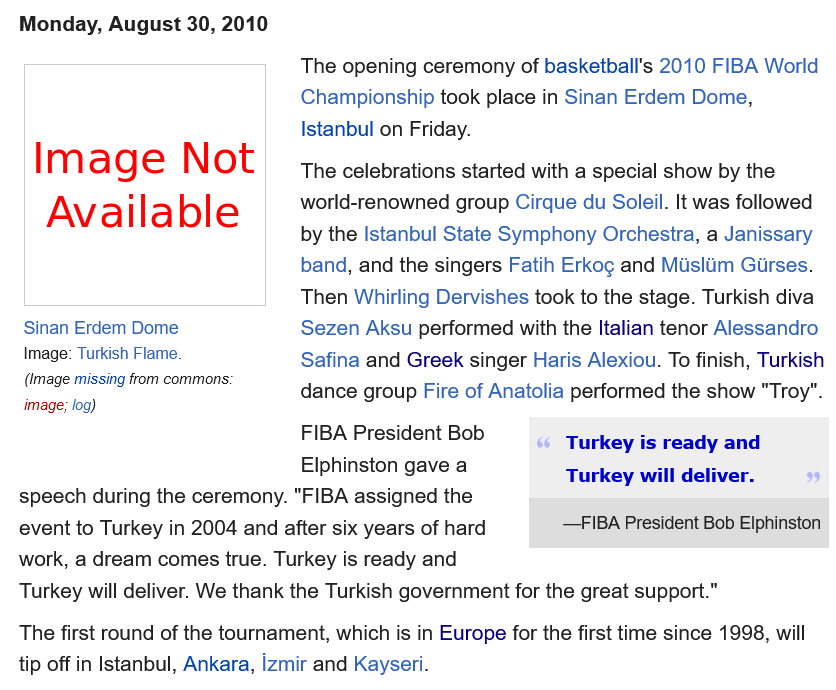
Monday,  August 30, 2010
     The opening ceremony of basketball's 2010 FIBA World
     Championship took place in Sinan Erdem Dome,
     Istanbul on Friday.
     The celebrations started with a special show by the
     world-renowned group Cirque du Soleil. It was followed
     by the Istanbul State Symphony Orchestra, a Janissary
     band, and the singers Fatih Erkog and Miusliim Girses.
     Then Whirling Dervishes took to the stage. Turkish diva
     Sezen  Aksu performed with the Italian tenor Alessandro
     Safina and Greek singer Haris Alexiou. To finish, Turkish
     dance group Fire of Anatolia performed the show "Troy".
     FIBA President Bob
     Elphinston gave a
  speech during the ceremony. "FIBA assigned the
  event to Turkey in 2004 and after six years of hard
  work, a dream comes true. Turkey is ready and
  Turkey will deliver. We thank the Turkish government for the great support."
  The first round of the tournament, which is in Europe for the first time since 1998, will
  tip off in Istanbul, Ankara, izmir and Kayseri.
     Turkey is ready and
     Turkey will deliver.
     —FIBA President Bob Elphinston
    Image    Not
     Available
   Sinan Erdem Dome
   Image: Turkish Flame,
   (Image missing from commons.
   image; log)